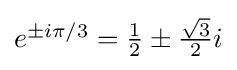
{\textstyle e^{\pm i\pi /3}={\tfrac {1}{2}}\pm {\tfrac {\sqrt {3}}{2}}i}